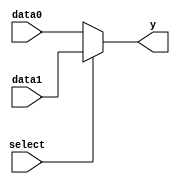
module mux2_4(y, data1, data0, select);
    
  parameter wsize = 8;
  output [wsize-1:0] y;
    
  input [wsize-1:0] data1, data0;
    
  input select;
  assign y = select ? data1 : data0;

endmodule